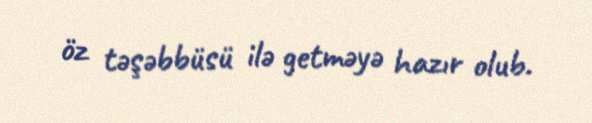
öz təşəbbüsü ilə getməyə hazır olub.